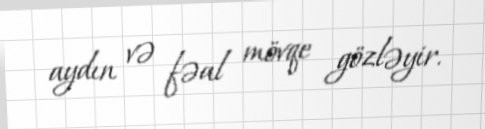
aydın və fəal mövqe gözləyir.